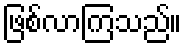
ဖြစ်လာကြသည်။